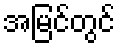
အမြင်တွင်